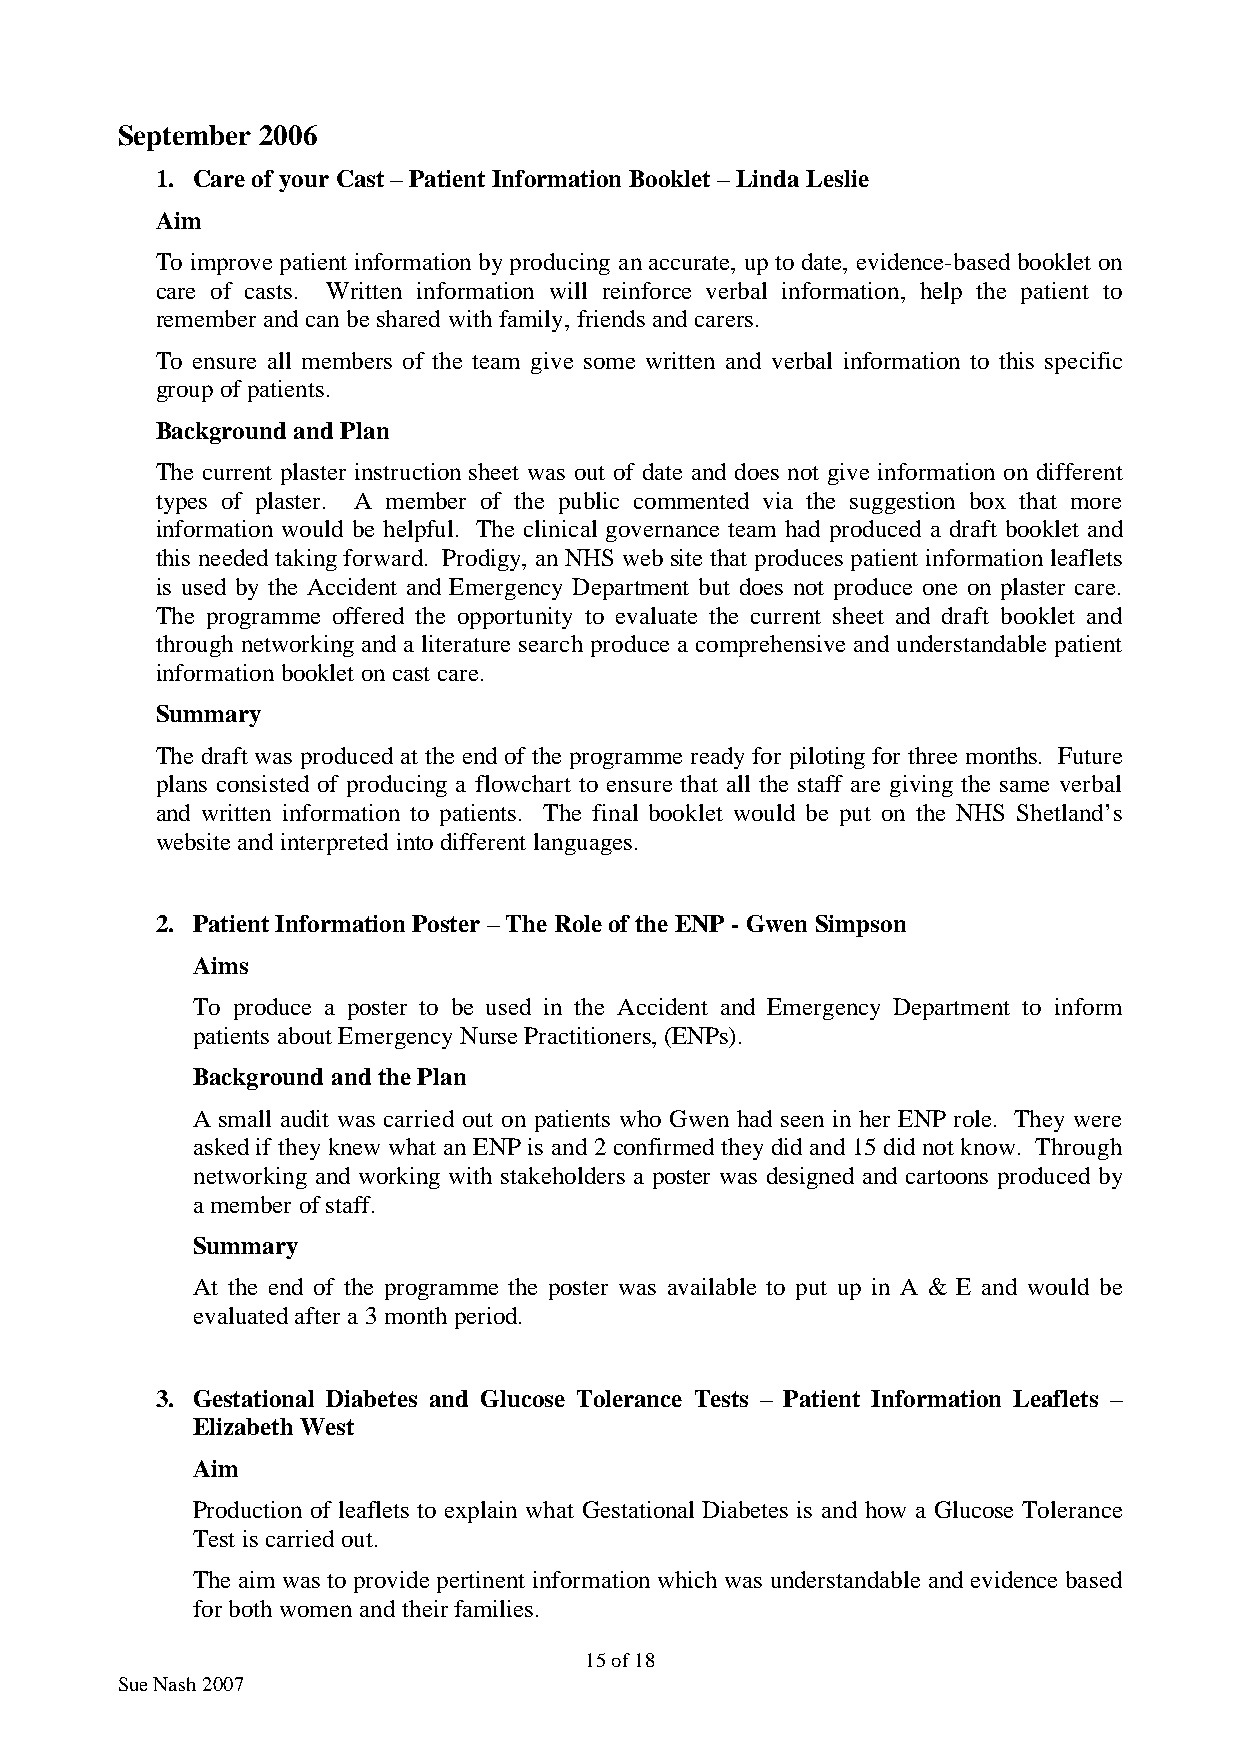
September 2006
 1. Care of your Cast – Patient Information Booklet – Linda Leslie
 Aim
 To improve patient information by producing an accurate, up to date, evidence-based booklet on
 care of casts. Written information will reinforce verbal information, help the patient to
 remember and can be shared with family, friends and carers.
 To ensure all members of the team give some written and verbal information to this specific
 group of patients.
 Background and Plan
 The current plaster instruction sheet was out of date and does not give information on different
 types of plaster. A member of the public commented via the suggestion box that more
 information would be helpful. The clinical governance team had produced a draft booklet and
 this needed taking forward. Prodigy, an NHS web site that produces patient information leaflets
 is used by the Accident and Emergency Department but does not produce one on plaster care.
 The programme offered the opportunity to evaluate the current sheet and draft booklet and
 through networking and a literature search produce a comprehensive and understandable patient
 information booklet on cast care.
 Summary
 The draft was produced at the end of the programme ready for piloting for three months. Future
 plans consisted of producing a flowchart to ensure that all the staff are giving the same verbal
 and written information to patients. The final booklet would be put on the NHS Shetland’s
 website and interpreted into different languages.
 2. Patient Information Poster – The Role of the ENP - Gwen Simpson
 Aims
 To produce a poster to be used in the Accident and Emergency Department to inform
 patients about Emergency Nurse Practitioners, (ENPs).
 Background and the Plan
 A small audit was carried out on patients who Gwen had seen in her ENP role. They were
 asked if they knew what an ENP is and 2 confirmed they did and 15 did not know. Through
 networking and working with stakeholders a poster was designed and cartoons produced by
 a member of staff.
 Summary
 At the end of the programme the poster was available to put up in A & E and would be
 evaluated after a 3 month period.
 3. Gestational Diabetes and Glucose Tolerance Tests – Patient Information Leaflets –
 Elizabeth West
 Aim
 Production of leaflets to explain what Gestational Diabetes is and how a Glucose Tolerance
 Test is carried out.
 The aim was to provide pertinent information which was understandable and evidence based
 for both women and their families.
 15 of 18
 Sue Nash 2007